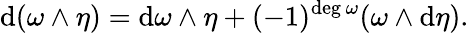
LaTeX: \mathrm{d}(\omega\wedge\eta)=\mathrm{d}\omega\wedge\eta+(-1)^{\mathrm{{deg\, }}\omega}(\omega\wedge\mathrm{d}\eta).